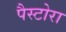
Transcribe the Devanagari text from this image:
पैस्टोरा